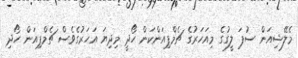
މެލޭޝިއަން ސުޕަ ލީގުގެ މިއަހަރުގެ ޗެމްޕިއަންކަން ހޯދީ މިދިޔަ އަހަރުގެވެސް ޗެމްޕިއަން ހޯދި